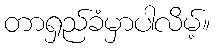
တာရှည်ခံမှာပါလိမ့်။